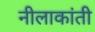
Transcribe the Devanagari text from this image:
नीलाकांती